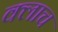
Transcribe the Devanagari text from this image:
क्लाच